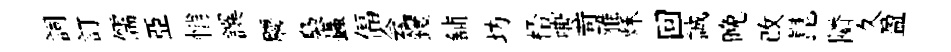
詞訂儒亞悄譔麐梟蟲偪会钁舖坊桮嘶苛雅秌回誠晚改崑隣久盈